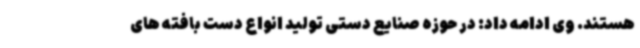
هستند. وی ادامه داد: در حوزه صنایع دستی تولید انواع دست بافته های